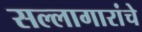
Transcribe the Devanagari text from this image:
सल्लागारांचे